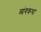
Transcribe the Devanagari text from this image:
व्यंगकथा